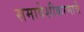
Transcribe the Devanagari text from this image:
समावेशीकरणाचे